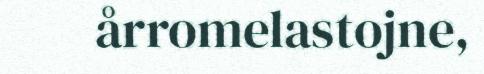
årromelastojne,